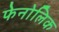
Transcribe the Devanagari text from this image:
फेनोलिक